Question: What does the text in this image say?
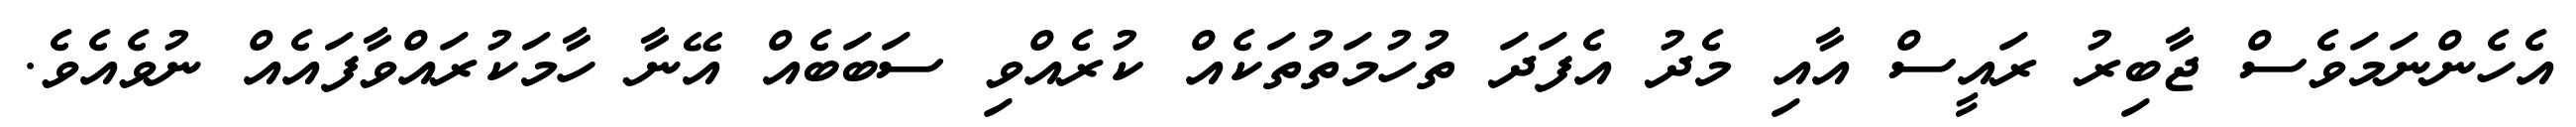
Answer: އެހެންނަމަވެސް ޖާބިރު ރައީސް އާއި މެދު އެފަދަ ތުހުމަތުތަކެއް ކުރެއްވި ސަބަބެއް އޭނާ ހާމަކުރައްވާފައެއް ނުވެއެވެ.